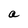
Character: a